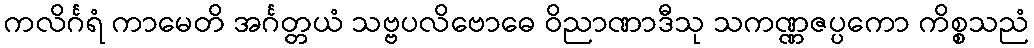
ကလိင်္ဂရံ ကာမေတိ အင်္ဂတ္တယံ သဗ္ဗပလိဗောဓေ ဝိညာဏာဒီသု သကဏ္ဏဇပ္ပကော ကိစ္စသညံ